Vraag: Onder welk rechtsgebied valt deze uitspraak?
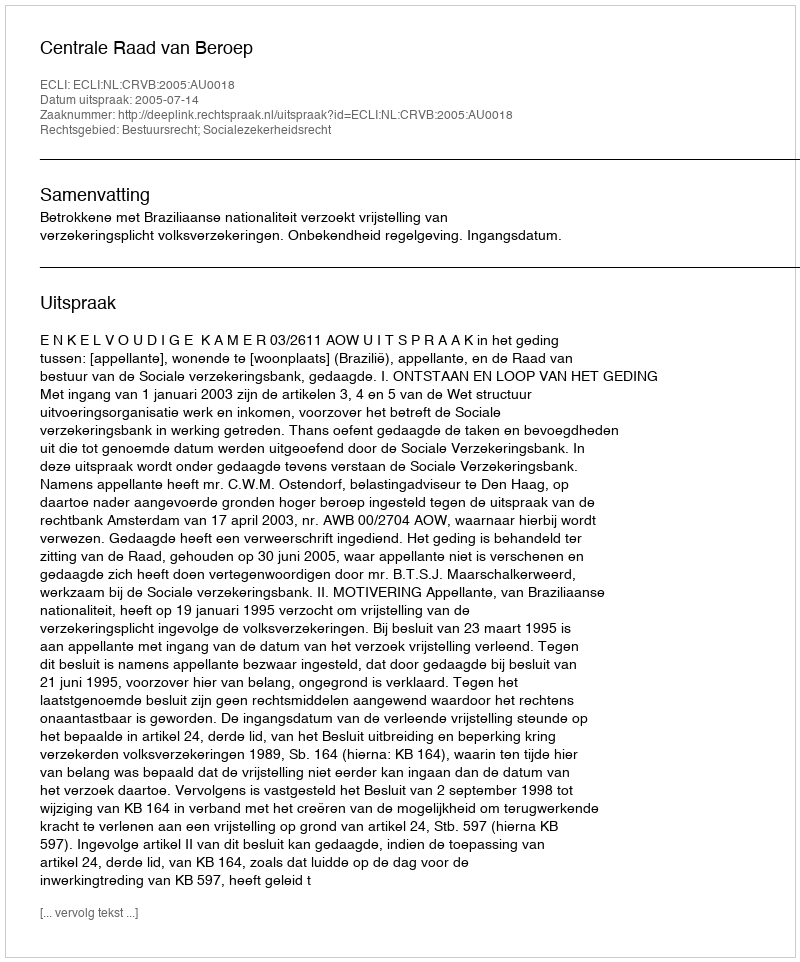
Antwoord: Bestuursrecht; Socialezekerheidsrecht